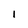
Character: I